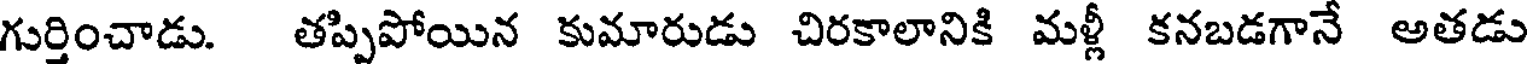
గుర్తించాడు. తప్పిపోయిన కుమారుడు చిరకాలానికి మళ్లీ కనబడగానే అతడు